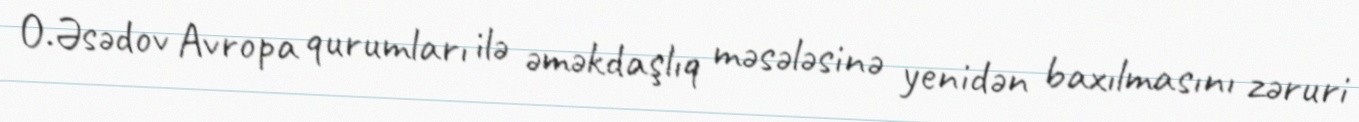
O.Əsədov Avropa qurumları ilə əməkdaşlıq məsələsinə yenidən baxılmasını zəruri